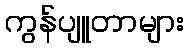
ကွန်ပျူတာများ